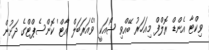
ވިކްޓާ އެންޑް ރޮލްފް މިއަހަރު ބޭއްވި ޝޯއަކީ 'ވެއަރަބަލް އާޓް' ކޮންސެޕްޓްގެ ދަށުން